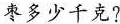
枣多少千克?